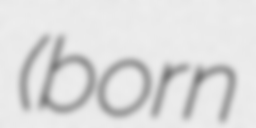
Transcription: (born